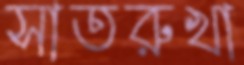
সাতরুখা